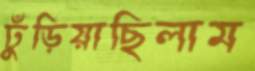
ঢুঁড়িয়াছিলাম